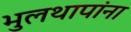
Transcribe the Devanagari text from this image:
भुलथापांना